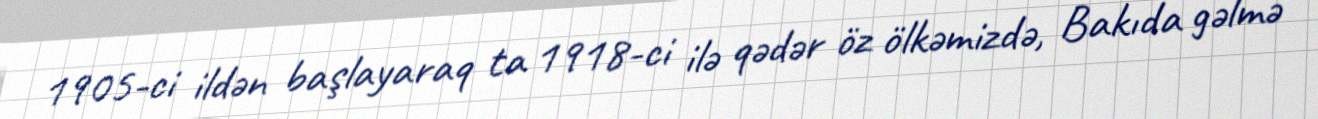
1905-ci ildən başlayaraq ta 1918-ci ilə qədər öz ölkəmizdə, Bakıda gəlmə